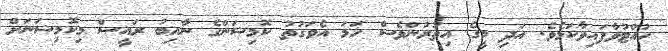
ހުއްޓުވާފައިވާކަމެވެ. އަދި މީގެ އިތުރުންވެސް ހަމަ އެވަގުތު ކޮމިޝަންގެ ނާއިބު ރައީސް މިކޮމިޝަނަށް